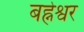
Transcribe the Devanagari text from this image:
बह्नेश्वर